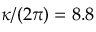
\kappa / ( 2 \pi ) = 8 . 8